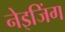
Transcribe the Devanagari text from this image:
नेइजिंग